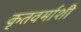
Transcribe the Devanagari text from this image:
कृतवर्माशी